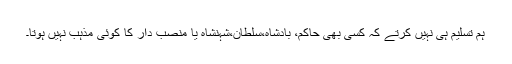
ہم تسلیم ہی نہیں کرتے کہ کسی بھی حاکم، بادشاہ،سلطان،شہنشاہ یا منصب دار کا کوئی مذہب نہیں ہوتا۔